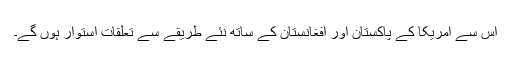
اس سے امریکا کے پاکستان اور افغانستان کے ساتھ نئے طریقے سے تعلقات استوار ہوں گے۔